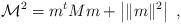
LaTeX: \begin{align*}\mathcal{M}^2 = m^t M m + \left| \| m \|^2 \right|\ ,\end{align*}